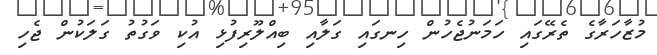
މުޒާހަރާގެ ތެރޭގައި ހަމަނުޖެހުން ހިނގައި ގަލާއި ބިއްލޫރިފުޅި އުކި ވަގުތު ގަލަކުން ޖެހި